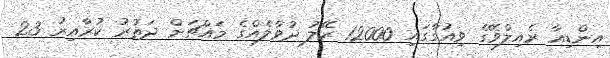
އިންޑިއާ ރެއިލްވޭގެ ވިއުގާގައި 12000 ރޭލު ދުވާލެއްގެ މައްޗަށް ދަތުރު ކުރާއިރު 23